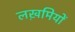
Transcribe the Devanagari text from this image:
लख़मियों